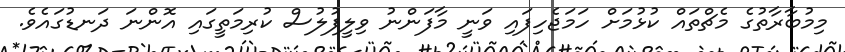
މިމުބާރާތުގެ މެޗްތައް ކުޅުމަށް ހަމަޖެހިފައި ވަނީ މާފަންނު ވިލީފުލުސް ކުރިމަތީގައި އޮންނަ ދަނޑުގައެވެ.